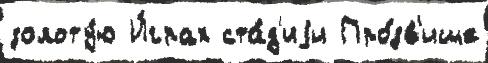
золоту́ю И́грах ста́д'иjи Про́зв'ище